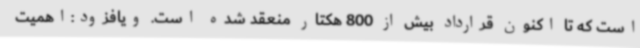
است که تا اکنون قرارداد بیش از 800 هکتار منعقد شده است. ویافزود:اهمیت